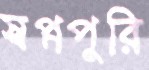
স্বপ্নপুরি